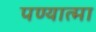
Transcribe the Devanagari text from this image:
पण्यात्मा